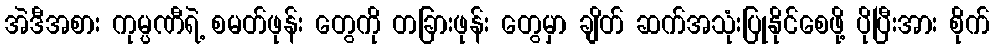
အဲဒီအစား ကုမ္ပဏီရဲ့ စမတ်ဖုန်း တွေကို တခြားဖုန်း တွေမှာ ချိတ် ဆက်အသုံးပြုနိုင်စေဖို့ ပိုပြီးအား စိုက်